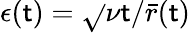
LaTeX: \epsilon(\mathsf{t})=\sqrt{}{{\nu\mathsf{t}}}/{\bar{{r}}(\mathsf{t})}